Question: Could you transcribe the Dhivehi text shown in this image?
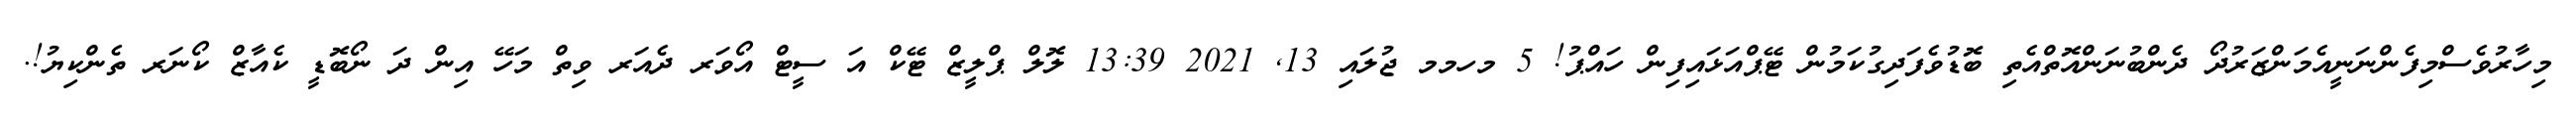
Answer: މިހާރުވެސްމިފެންނަނީއެމަންޒަރުދޯ ދެންބުނަންއޮތްއެތި ބޮޑުވެފަދިގުކަމުން ޓޭޕްއަޅައިފިން ހައްޕު! 5 މހމމ ޖުލައި 13, 2021 13:39 ލޮލް ޕްލީޒް ޓޭކް އަ ސީޓް އޯވަރ ދެއަރ ވިތް މަހޭ އިން ދަ ނޯބޮޑީ ކެއާޒް ކޯނަރ ތެންކިޔު!.